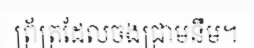
ព្រ័ត្រដែលចងជ្រាមនឹម។